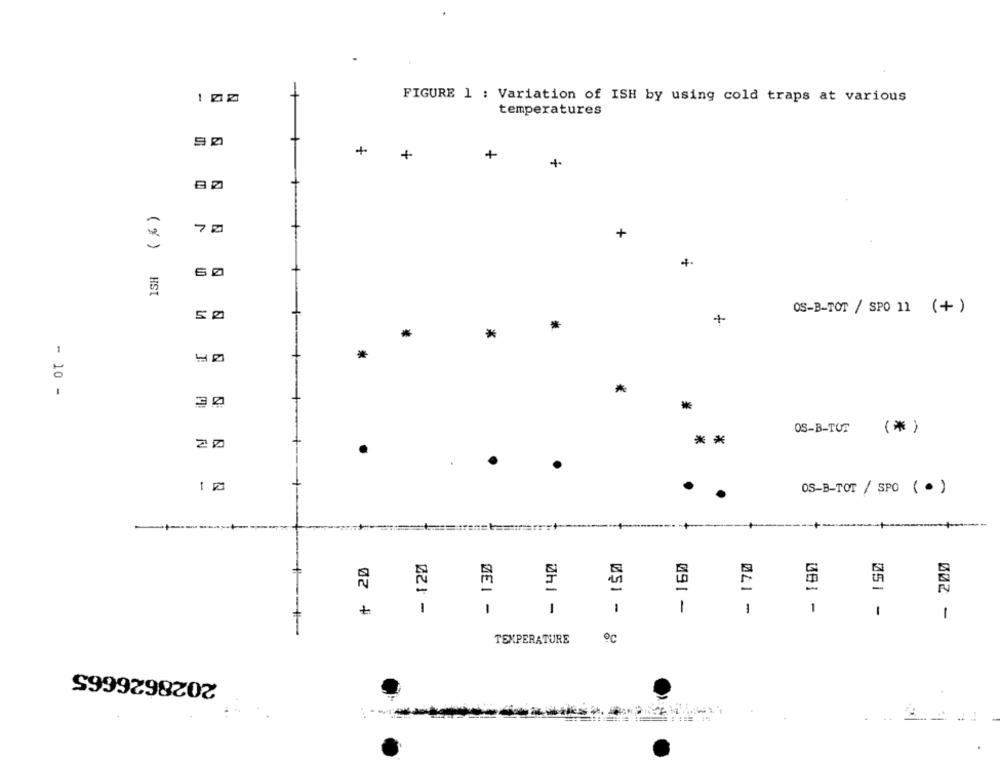
-1
FIGURE 1 : Variation of ISH by using cold traps at various
-
temperatures
+
+
+
+
ISH ( % )
+
OS-B-TOT / SPO 11 (+)
+
*
*
40
*
*
- 10 -
30
*
OS-B-TUE
(*)
* *
.
-
.
.
OS-B-TOT / SPO ( . )
+ 20
051
021-
ühl -
091 -
081 -
ØEI -
Ø41 -
002 -
TEMPERATURE
Ø51 - 8
2028626665